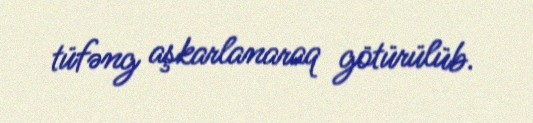
tüfəng aşkarlanaraq götürülüb.